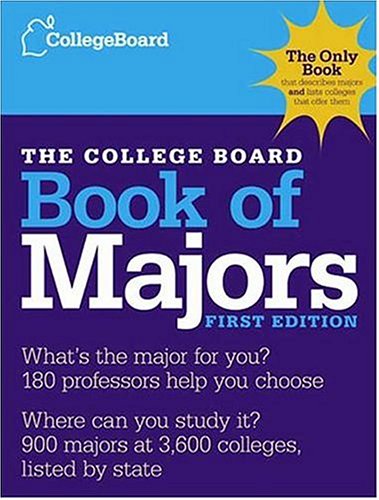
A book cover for The College Board Book of Majors: First Edition (College Board Index of Majors and Graduate Degrees); The College Board; Test Preparation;